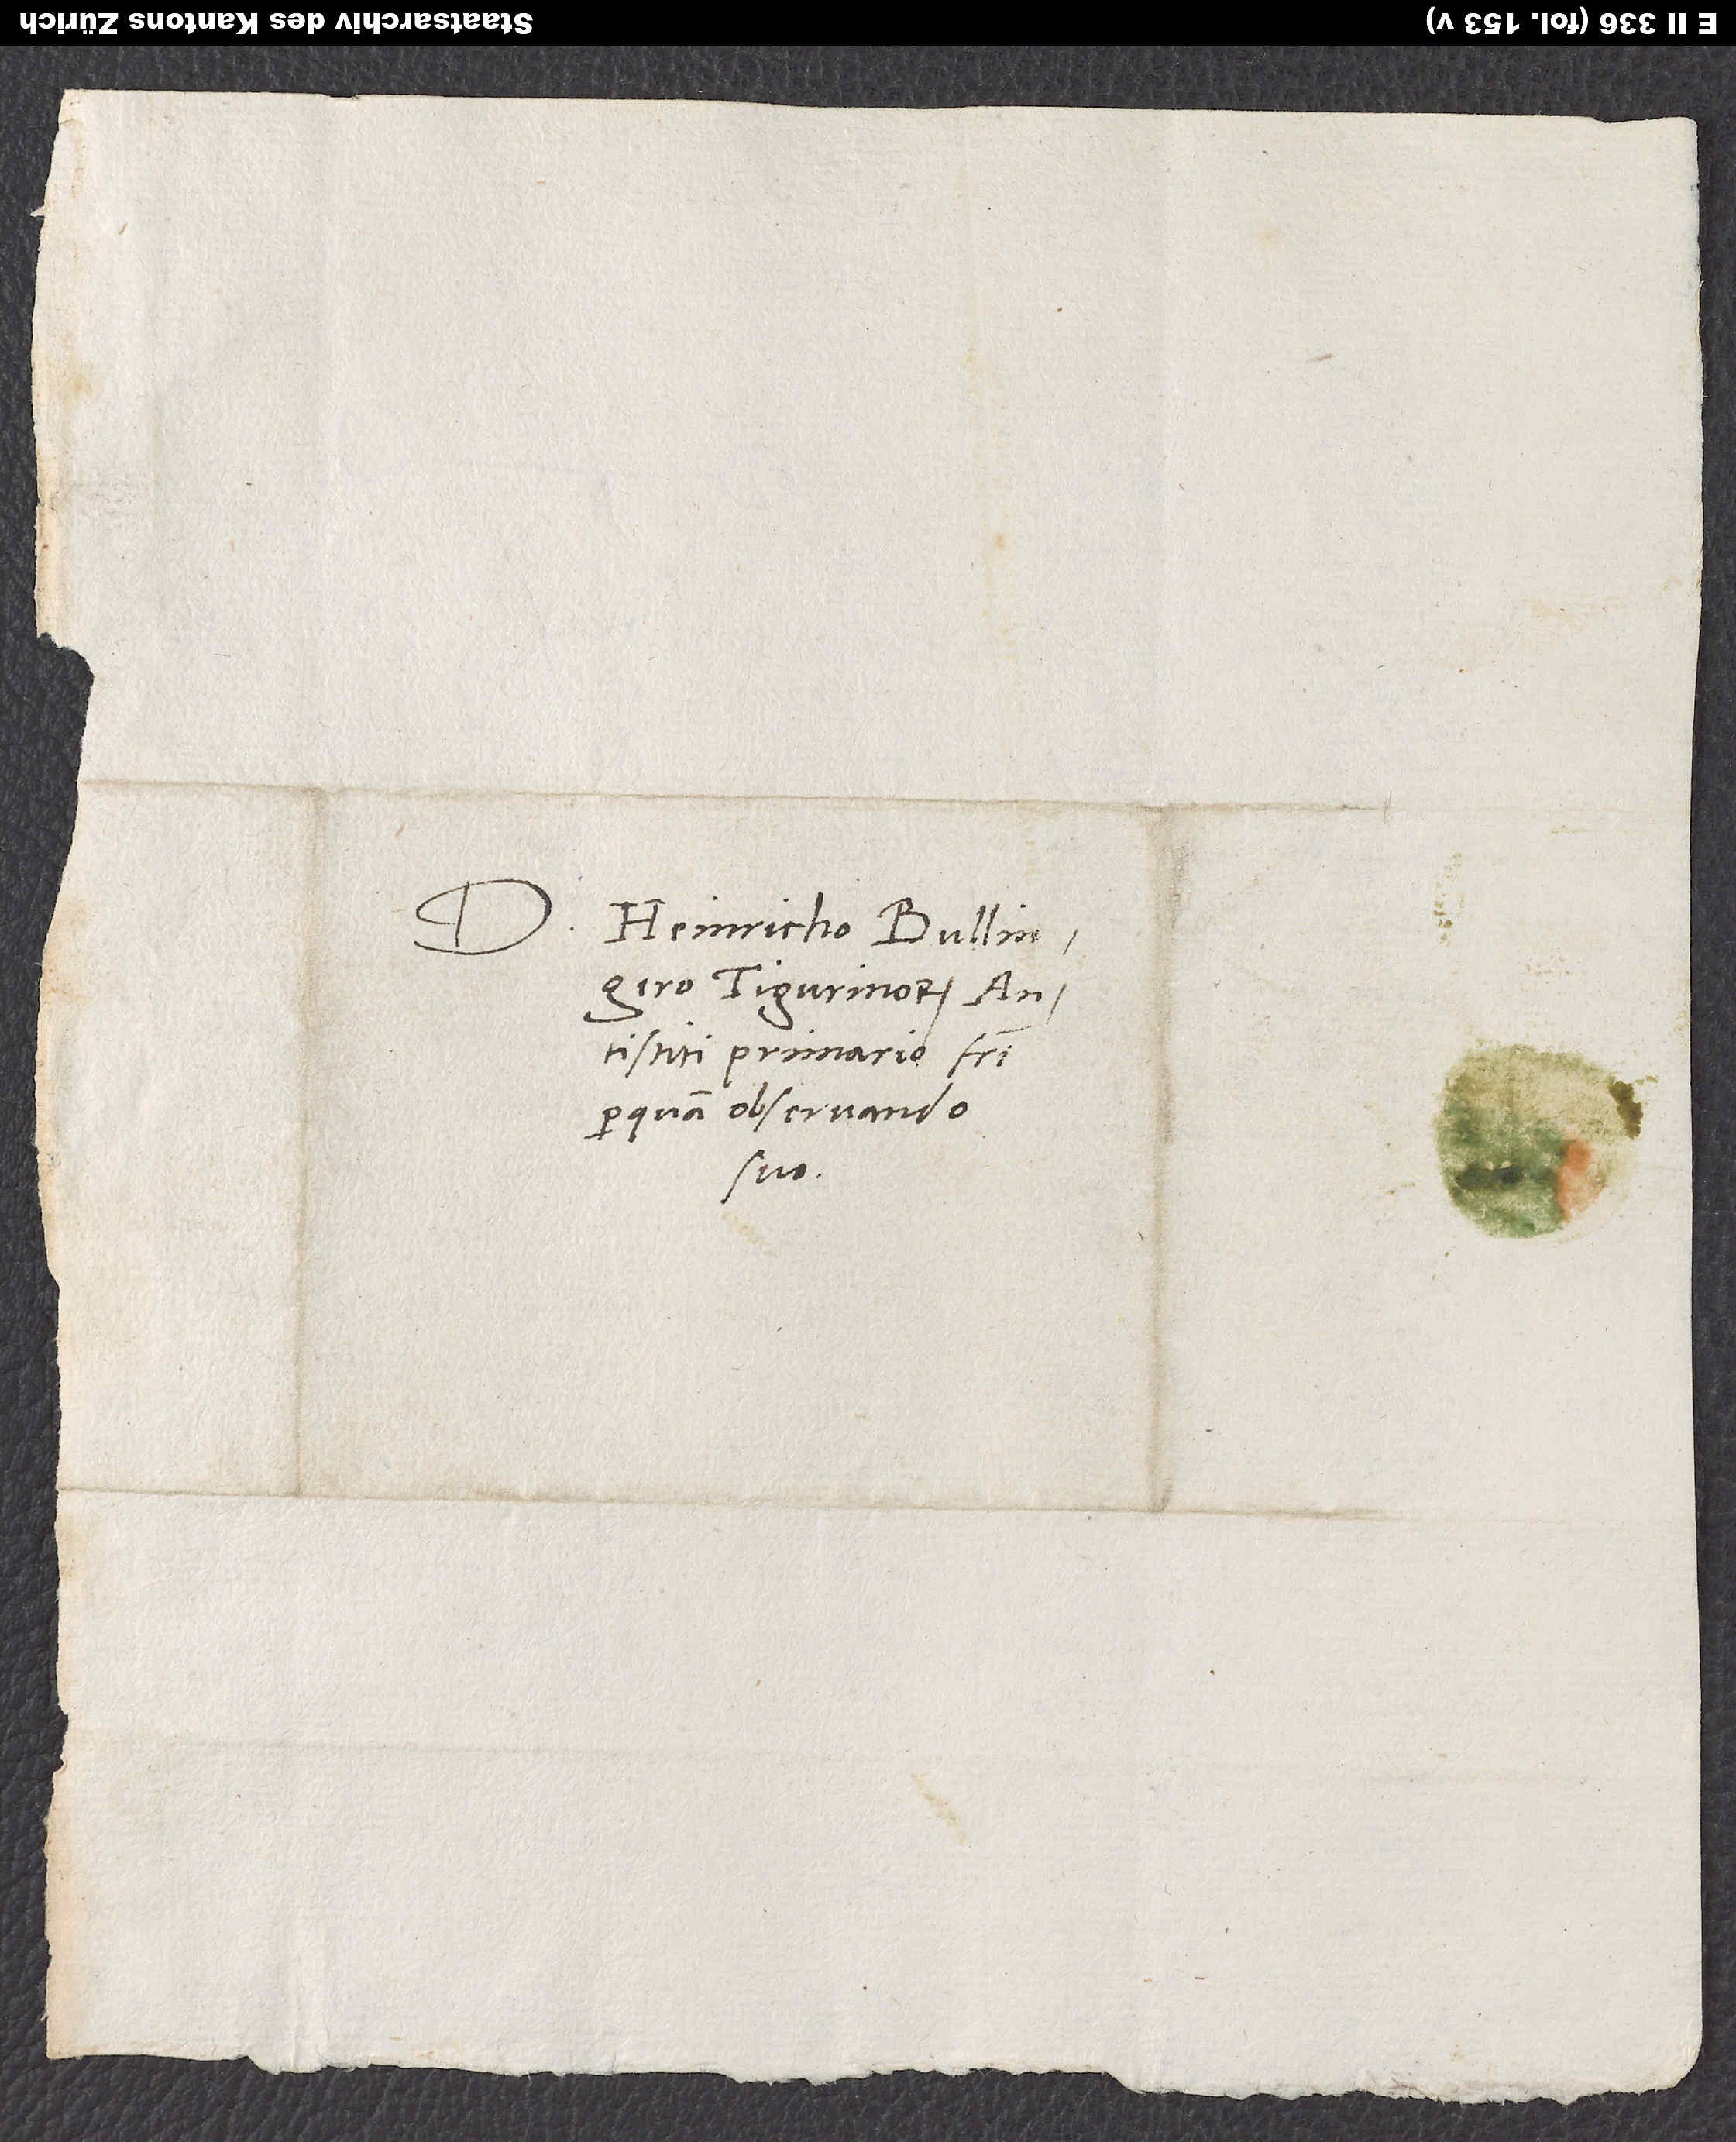
S.

Domino Heinricho Bullingero,
Tigurinorum
antistiti primario, fratri
perquam observando
suo.